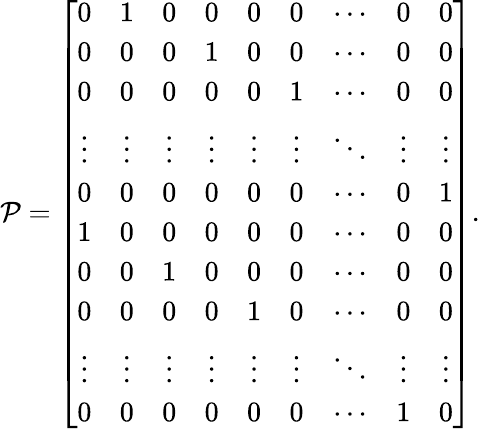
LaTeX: \mathcal{P}=\left[\begin{array}{ccccccccc}{0}&{1}&{0}&{0}&{0}&{0}&{\cdots}&{0}&{0}\\ {0}&{0}&{0}&{1}&{0}&{0}&{\cdots}&{0}&{0}\\ {0}&{0}&{0}&{0}&{0}&{1}&{\cdots}&{0}&{0}\\ {\vdots}&{\vdots}&{\vdots}&{\vdots}&{\vdots}&{\vdots}&{\ddots}&{\vdots}&{\vdots}\\ {0}&{0}&{0}&{0}&{0}&{0}&{\cdots}&{0}&{1}\\ {1}&{0}&{0}&{0}&{0}&{0}&{\cdots}&{0}&{0}\\ {0}&{0}&{1}&{0}&{0}&{0}&{\cdots}&{0}&{0}\\ {0}&{0}&{0}&{0}&{1}&{0}&{\cdots}&{0}&{0}\\ {\vdots}&{\vdots}&{\vdots}&{\vdots}&{\vdots}&{\vdots}&{\ddots}&{\vdots}&{\vdots}\\ {0}&{0}&{0}&{0}&{0}&{0}&{\cdots}&{1}&{0}\end{array}\right].